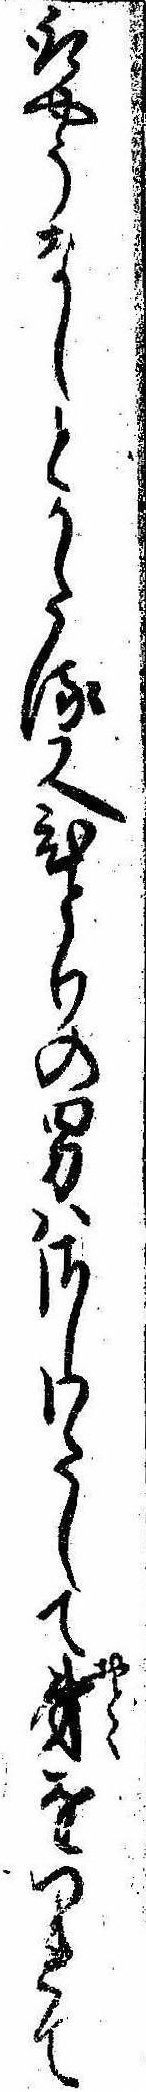
取やうなしとかたる又ひとりの男はさしわたして弟をつれて